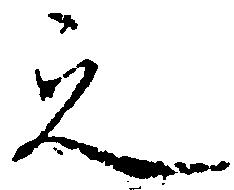
之